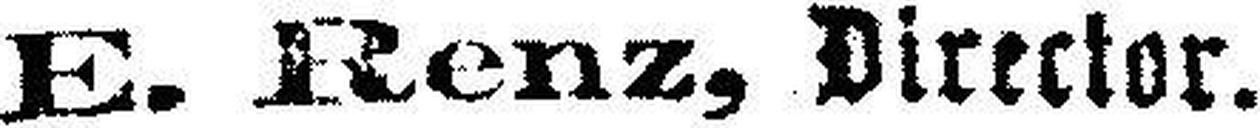
E. Renz, Director.